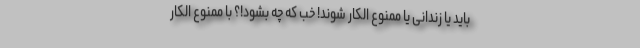
باید یا زندانی یا ممنوع الکار شوند! خب که چه بشود!؟ با ممنوع الکار